Document type: Dowry acquittance
Year: 1240
Scribe: Pere de Bages
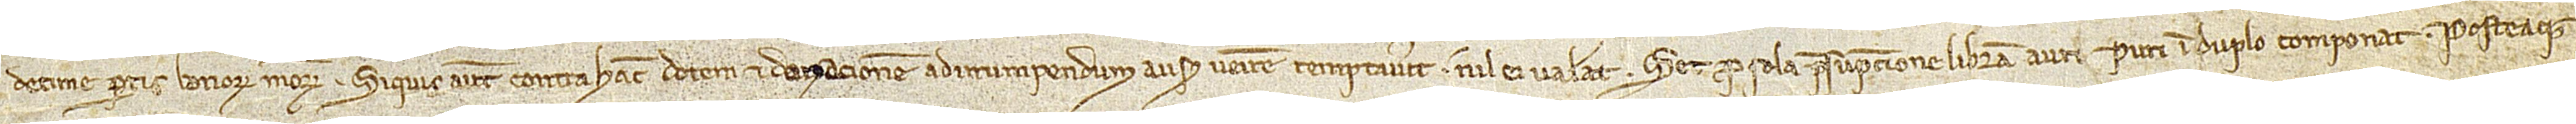
decime partis bonorum meorum. Siquis autem contra hanc dotem et donacionem ad irrumpendum ausus venire temptaverit, nil ei valeat. Set pro sola presumpcione libram auri puri un duplo componat. Posteaque